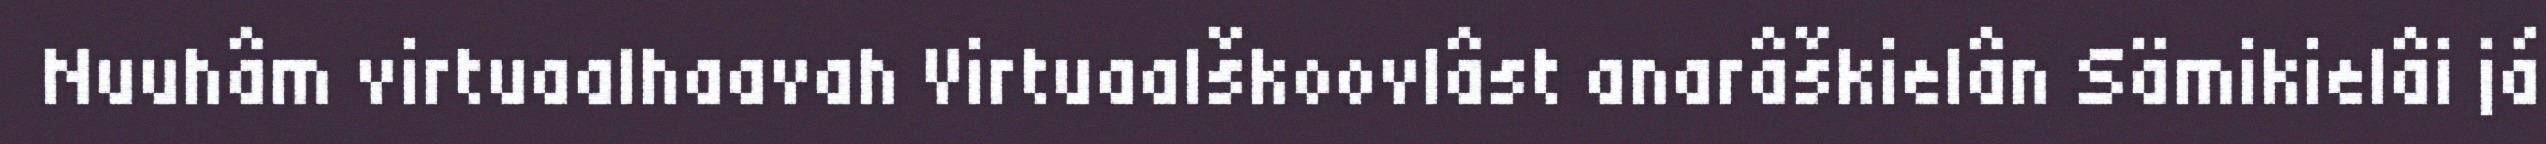
Nuuhâm virtuaalhaavah Virtuaalškoovlâst anarâškielân Sämikielâi já